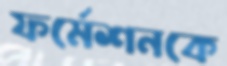
ফর্মেশনকে